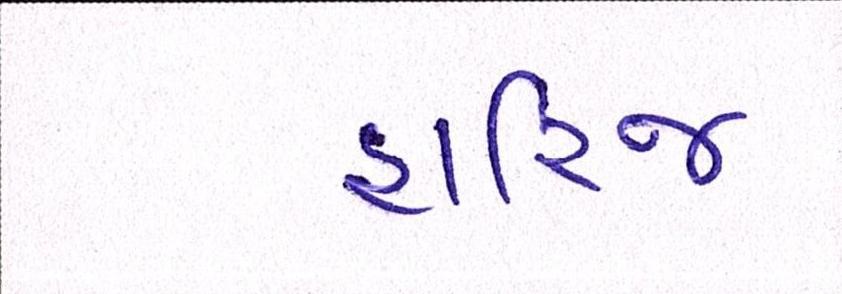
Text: હારિજ